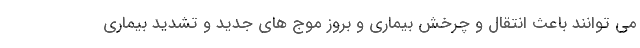
می توانند باعث انتقال و چرخش بیماری و بروز موج های جدید و تشدید بیماری